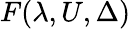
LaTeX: F(\lambda,U,\Delta)